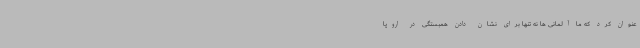
عنوان کرد که ما آلمانی ها نه تنها برای نشان دادن همبستگی در اروپا